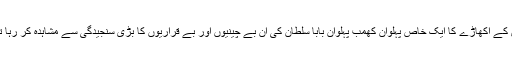
اس کے اکھاڑے کا ایک خاص پہلوان کھمب پہلوان بابا سلطان کی ان بے چینیوں اور بے قراریوں کا بڑی سنجیدگی سے مشاہدہ کر رہا تھا۔